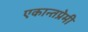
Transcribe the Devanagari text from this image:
एकान्तप्रेमी